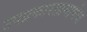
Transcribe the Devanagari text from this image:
उपप्रकाराप्रमाणेच